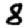
Digit: 8